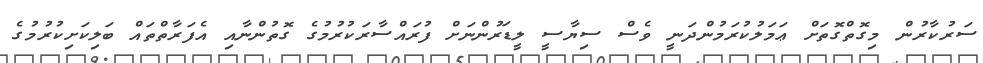
ސަރުކާރުން މިގޮތްގޮތަށް ޢަމަލުކުރަމުންދަނީ ވެސް ސިޔާސީ ލީޑަރުންނަށް ފުރައްސާރަކުރުމުގެ ގޮތުންނާއި އެފަރާތްތައް ބަލިކަށިކުރުމުގެ